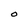
Character: O